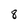
Character: 8